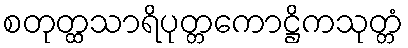
စတုတ္ထသာရိပုတ္တကောဋ္ဌိကသုတ္တံ